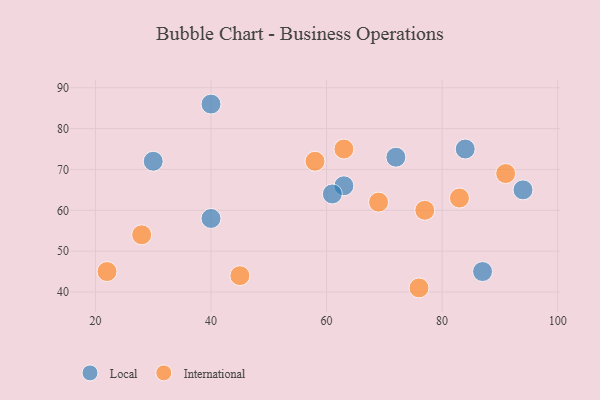
{"axis": {"x": "GDP", "y": "Life Expectancy"}, "legend": ["International", "Local"], "data": [{"x": "87", "y": 45, "type": "Local"}, {"x": "94", "y": 65, "type": "Local"}, {"x": "72", "y": 73, "type": "Local"}, {"x": "40", "y": 58, "type": "Local"}, {"x": "63", "y": 66, "type": "Local"}, {"x": "84", "y": 75, "type": "Local"}, {"x": "61", "y": 64, "type": "Local"}, {"x": "30", "y": 72, "type": "Local"}, {"x": "40", "y": 86, "type": "Local"}, {"x": "83", "y": 63, "type": "International"}, {"x": "76", "y": 41, "type": "International"}, {"x": "91", "y": 69, "type": "International"}, {"x": "22", "y": 45, "type": "International"}, {"x": "77", "y": 60, "type": "International"}, {"x": "28", "y": 54, "type": "International"}, {"x": "63", "y": 75, "type": "International"}, {"x": "45", "y": 44, "type": "International"}, {"x": "58", "y": 72, "type": "International"}, {"x": "69", "y": 62, "type": "International"}]}